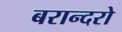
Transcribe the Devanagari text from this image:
बरान्दरो